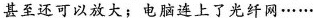
甚至还可以放大；电脑连上了光纤网……